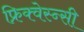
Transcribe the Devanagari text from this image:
फ्रिक्वेस्न्सी